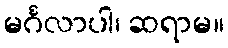
မင်္ဂလာပါ၊ ဆရာမ။